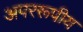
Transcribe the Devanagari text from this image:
अपररूपीय